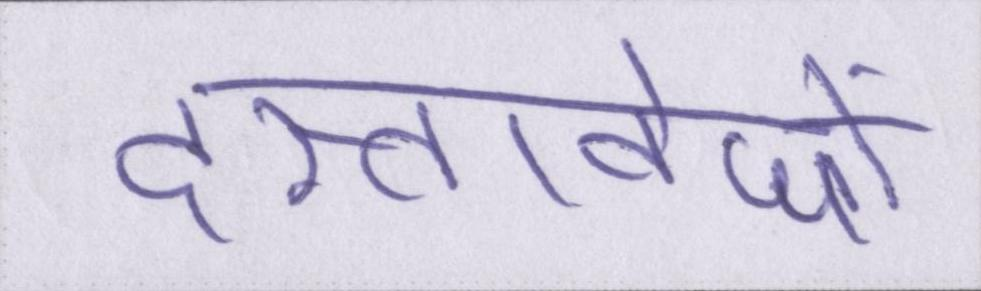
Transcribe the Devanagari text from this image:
दस्तावेजों